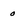
Character: 0